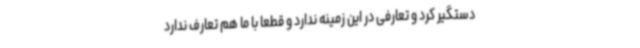
دستگیر کرد و تعارفی در این زمینه ندارد و قطعا با ما هم تعارف ندارد